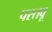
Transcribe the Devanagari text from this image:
परतवू